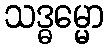
သဒ္ဓမ္မော